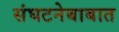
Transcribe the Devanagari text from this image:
संघटनेबाबात